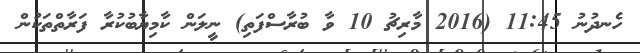
ހެނދުނު 11:45 (2016 މާރިޗު 10 ވާ ބުރާސްފަތި) ނީލަން ކާމިޔާބުކުރާ ފަރާތްތަކުން